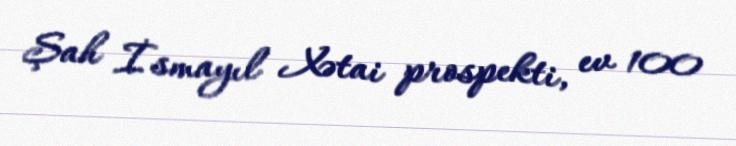
Şah İsmayıl Xətai prospekti, ev 100